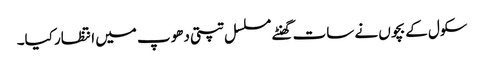
سکول کے بچوں نے سات گھنٹے مسلسل تپتی دھوپ میں انتظار کیا۔